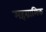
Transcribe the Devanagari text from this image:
महग्रामिक